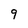
Character: 9